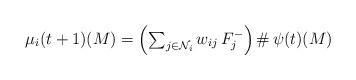
LaTeX: \begin{align*}\mu_{i}(t+1)(M)=\left({\textstyle \sum_{j\in\mathcal{N}_{i}}w_{ij}\, F_{j}^{-}}\right)\#\,\psi(t)(M)\end{align*}